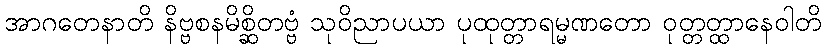
အာဂတေနာတိ နိဗ္ဗစနမိစ္ဆိတဗ္ဗံ သုဝိညာပယာ ပုထုတ္တာရမ္မဏတော ဝုတ္တတ္ထာနေဝါတိ